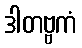
ဒါတဗ္ဗကံ